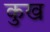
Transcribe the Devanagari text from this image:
कुख